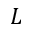
L